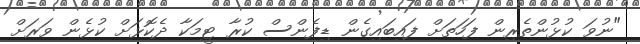
"ނުވަ ކުޅުންތެރިން ފަހަތަށް ފައިބައިގެން ޑިފެންސް ކުރާ ޓީމަކާ ދެކޮޅަށް ކުޅެން ވަރަށް